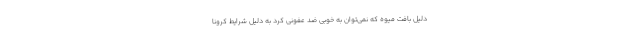
دلیل بافت میوه که نمی‌توان به خوبی ضد عفونی کرد به دلیل شرایط کرونا